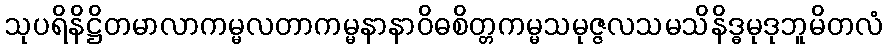
သုပရိနိဋ္ဌိတမာလာကမ္မလတာကမ္မနာနာဝိဓစိတ္တကမ္မသမုဇ္ဇလသမသိနိဒ္ဓမုဒုဘူမိတလံ